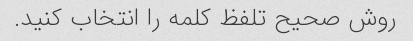
روش صحیح تلفظ کلمه را انتخاب کنید.